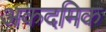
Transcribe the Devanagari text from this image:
अकदमिक